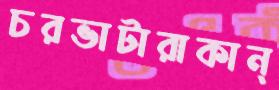
চরভাটারাকান্